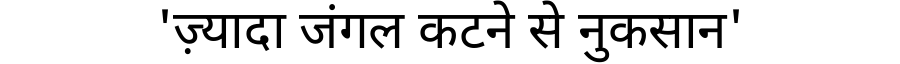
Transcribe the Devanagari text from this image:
'ज़्यादा जंगल कटने से नुकसान'